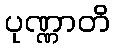
ပုဏ္ဏာတိ